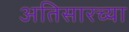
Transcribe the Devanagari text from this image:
अतिसारच्या